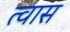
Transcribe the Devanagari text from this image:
त्वास